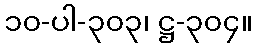
၁၀-ပါ-၃၀၃၊ ဋ္ဌ-၃၀၄။